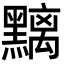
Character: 𪒔